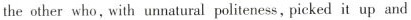
the other who,with unnatural politeness,picked it up and